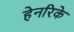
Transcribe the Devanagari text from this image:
हेनरिके